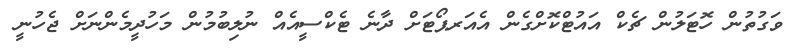
ވަގުތުން ހޮޓަލުން ޗެކް އައުޓްކޮށްގެން އެއަރޕޯޓަށް ދާނެ ޓެކްސީއެއް ނުލިބުމުން މަހުދީމެންނަށް ޖެހުނީ